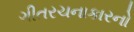
ગીતરચનાકારનો